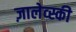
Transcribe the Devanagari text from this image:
ज़ालेव्स्की